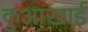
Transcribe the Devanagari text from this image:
कुआखाई